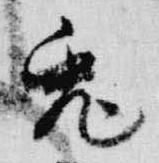
兎